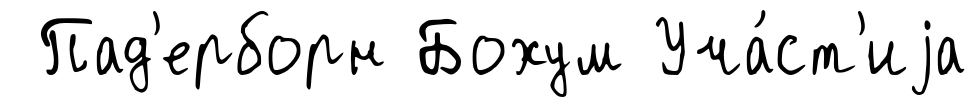
Пад'ерборн Бохум Уча́ст'иjа